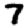
Digit: 7